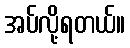
အပ်လို့ရတယ်။